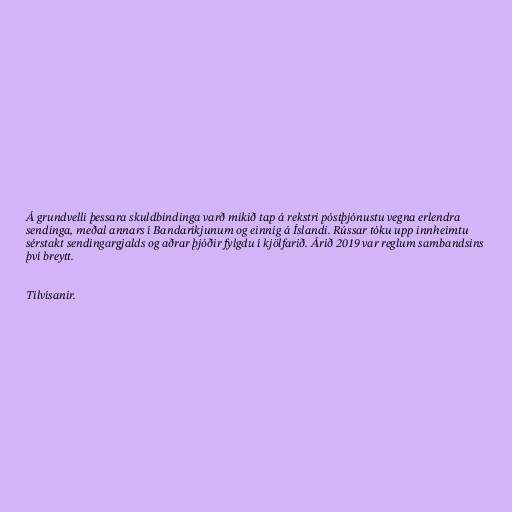
Á grundvelli þessara skuldbindinga varð mikið tap á rekstri póstþjónustu vegna erlendra
sendinga, meðal annars í Bandaríkjunum og einnig á Íslandi. Rússar tóku upp innheimtu
sérstakt sendingargjalds og aðrar þjóðir fylgdu í kjölfarið. Árið 2019 var reglum sambandsins
því breytt.

Tilvísanir.